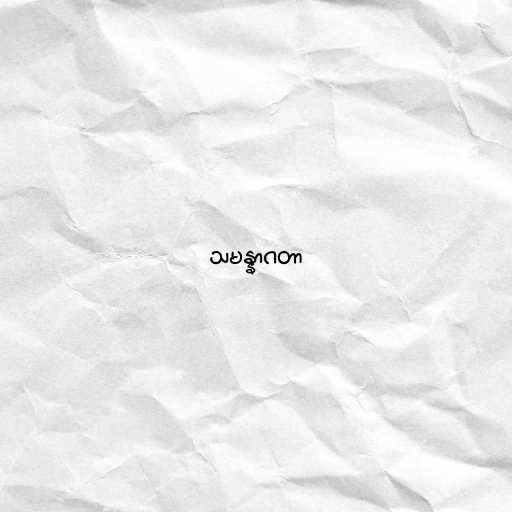
သမန္နာဂတာ